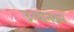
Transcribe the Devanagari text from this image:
उत्थानक्षम